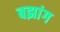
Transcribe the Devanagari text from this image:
बझांग